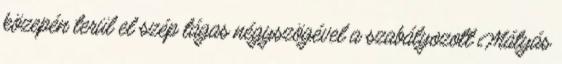
közepén terül el szép tágas négyszögével a szabályozott Mátyás